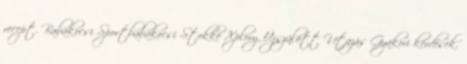
recept. Babakocsi Sportbabakocsi Stokke Xplory, Újszülött Utazás Gyakori kérdések.